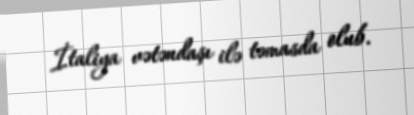
İtaliya vətəndaşı ilə təmasda olub.